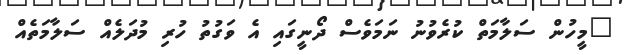
"މީހުން ސަލާމަތް ކުރެވުނު ނަމަވެސް ދޯނީގައި އެ ވަގުތު ހުރި މުދަލެއް ސަލާމަތެއް